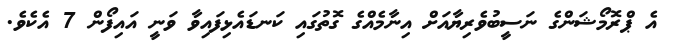
އެ ޕްރޮމޯޝަންގެ ނަސީބުވެރިޔާއަށް އިނާމެއްގެ ގޮތުގައި ކަނޑައެޅިފައިވާ ވަނީ އައިފޯން 7 އެކެވެ.